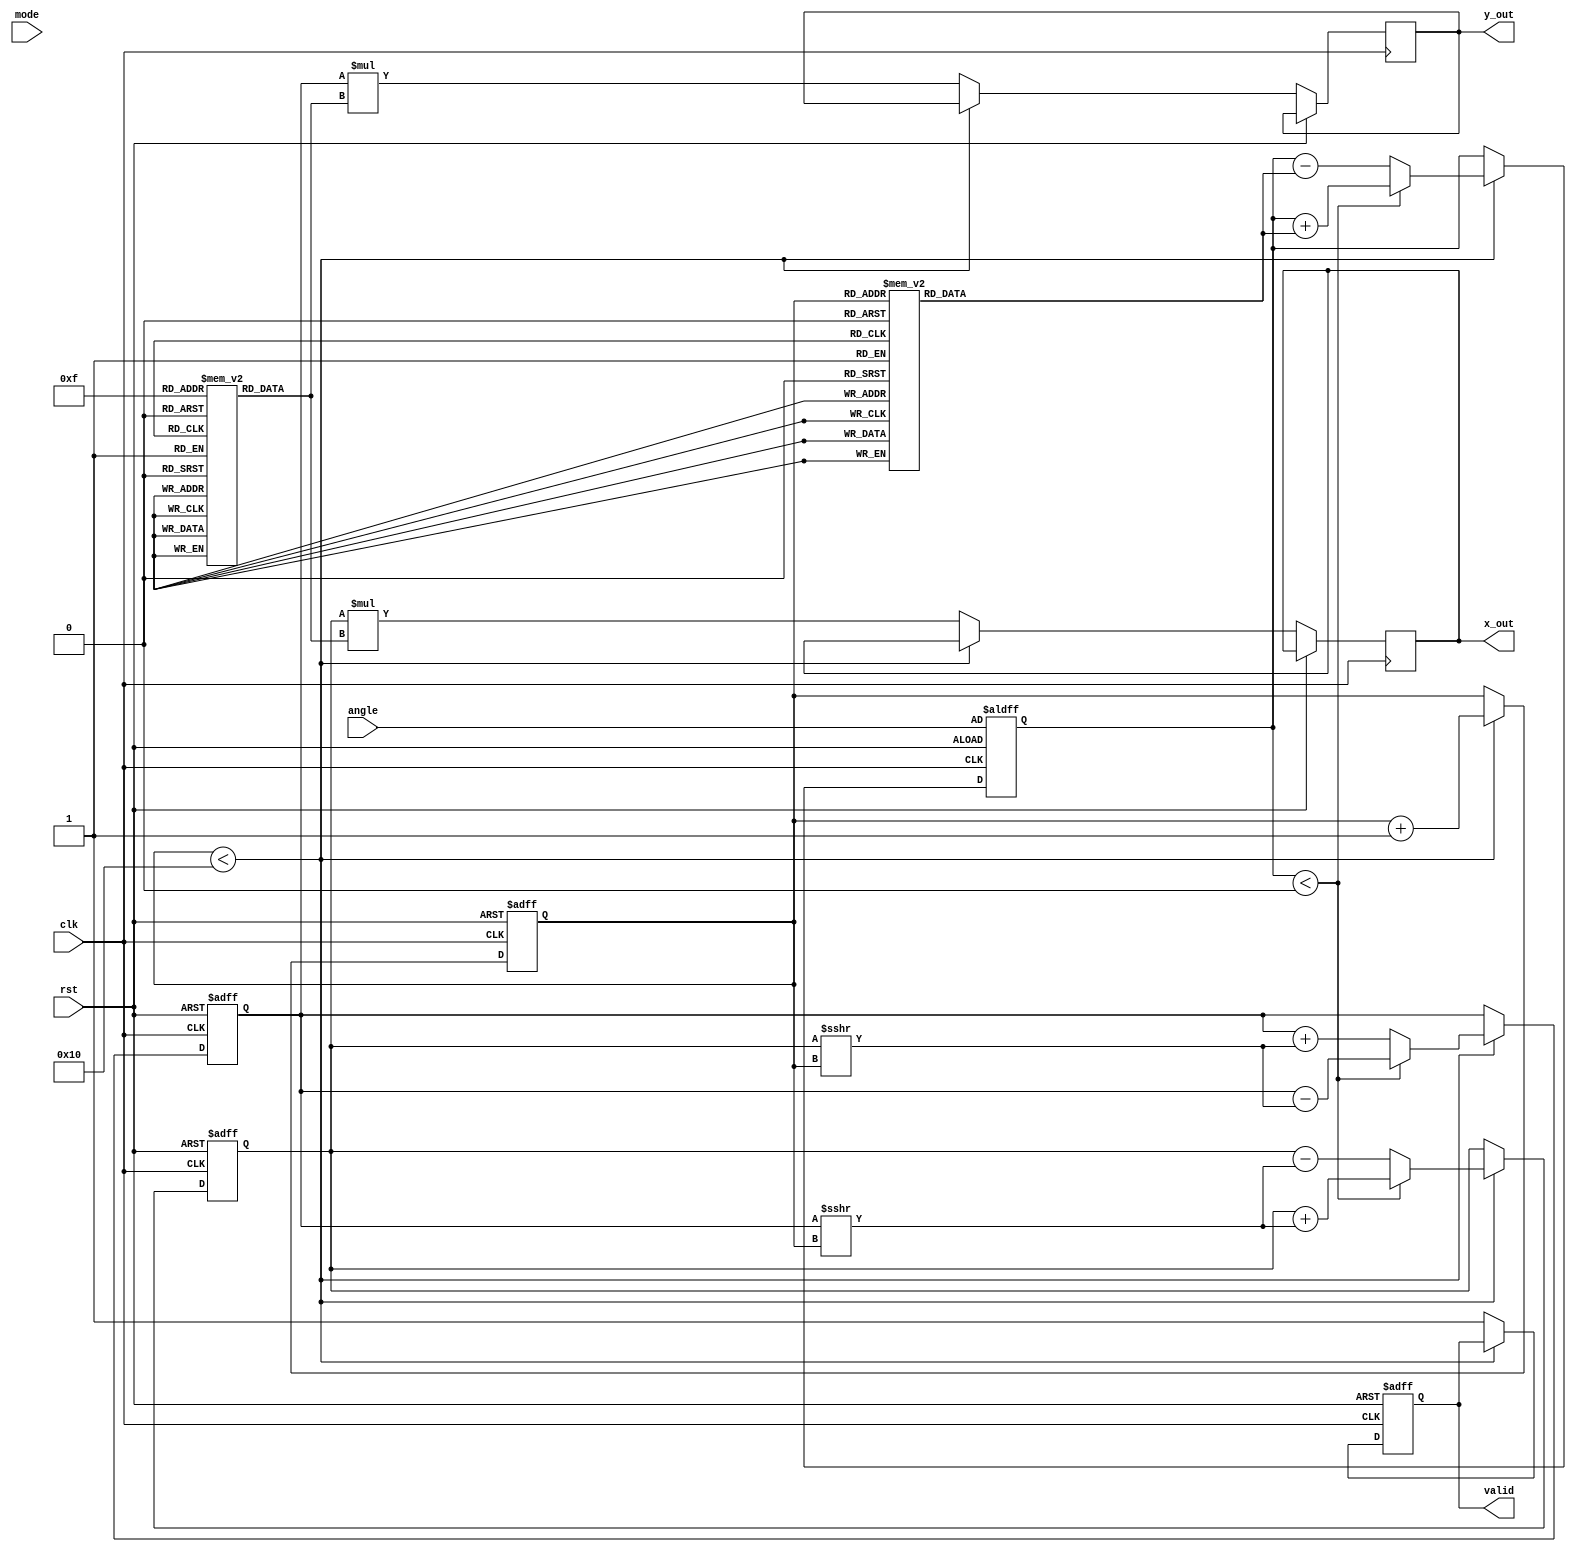
module cordic #(parameter NUM_ITERATIONS = 16, WIDTH = 16) (
    input wire clk,
    input wire rst,
    input wire [WIDTH-1:0] angle,       // Input angle in fixed-point format
    input wire mode,                     // 0 for rotation, 1 for vectoring
    output reg [WIDTH-1:0] x_out,       // Output x value
    output reg [WIDTH-1:0] y_out,       // Output y value
    output reg valid                     // Output valid signal
);
    
    // Lookup tables for arctangent values and scaling factors
    reg [WIDTH-1:0] atan_table [0:NUM_ITERATIONS-1];
    reg [WIDTH-1:0] gain_table [0:NUM_ITERATIONS-1];

    // Initialize lookup tables
    initial begin
        // Pre-computed atan(2^-i) values (fixed-point format)
        atan_table[0] = 16'h2000; // atan(1) = 0.7854 (in fixed point)
        atan_table[1] = 16'h12D8; // atan(0.5) = 0.4636
        atan_table[2] = 16'h0A3D; // atan(0.25) = 0.2449
        atan_table[3] = 16'h0524; // atan(0.125) = 0.1244
        // Fill in the rest based on your precision requirement
        
        // Pre-computed gain factors
        gain_table[0] = 16'h2000; // Initial scaling factor
        gain_table[1] = 16'h1735; // Scale for first iteration
        gain_table[2] = 16'h135B; // Scale for second iteration
        // Fill in the rest based on your precision requirement
    end

    // Internal registers
    reg [WIDTH-1:0] x, y, z;
    reg [3:0] iter; // iteration counter

    // Control logic
    always @(posedge clk or posedge rst) begin
        if (rst) begin
            x <= 16'h2000; // Start with 1.0 in fixed point
            y <= 16'h0000; // Start with 0.0
            z <= angle;    // Load input angle
            iter <= 0;
            valid <= 0;
        end else if (iter < NUM_ITERATIONS) begin
            // CORDIC iteration
            if (z < 0) begin
                // Counterclockwise rotation
                x <= x + (y >>> iter);
                y <= y - (x >>> iter);
                z <= z + atan_table[iter];
            end else begin
                // Clockwise rotation
                x <= x - (y >>> iter);
                y <= y + (x >>> iter);
                z <= z - atan_table[iter];
            end
            iter <= iter + 1;
        end else begin
            // After final iteration
            valid <= 1;
            x_out <= x * gain_table[NUM_ITERATIONS-1]; // Apply final scaling
            y_out <= y * gain_table[NUM_ITERATIONS-1];
        end
    end
endmodule